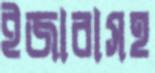
ইজারাসহ